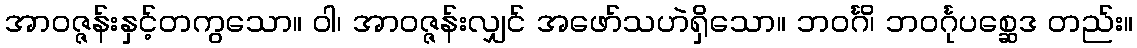
အာဝဇ္ဇန်းနှင့်တကွသော။ ဝါ၊ အာဝဇ္ဇန်းလျှင် အဖော်သဟဲရှိသော။ ဘဝင်္ဂိ၊ ဘဝင်္ဂုပစ္ဆေဒ တည်း။